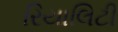
રિયાલિટી